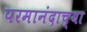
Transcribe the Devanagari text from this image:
परमानंदाच्या